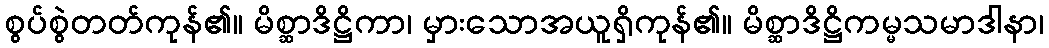
စွပ်စွဲတတ်ကုန်၏။ မိစ္ဆာဒိဋ္ဌိကာ၊ မှားသောအယူရှိကုန်၏။ မိစ္ဆာဒိဋ္ဌိကမ္မသမာဒါနာ၊